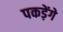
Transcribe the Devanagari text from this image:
पकड़ेंगे